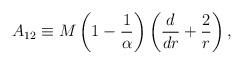
LaTeX: \begin{align*}A_{12} \equiv M \left(1-{1\over \alpha}\right)\left({d\over dr}+{2\over r}\right),\end{align*}